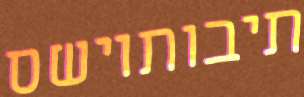
תיבותוישס